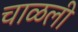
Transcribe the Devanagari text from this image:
चाळली